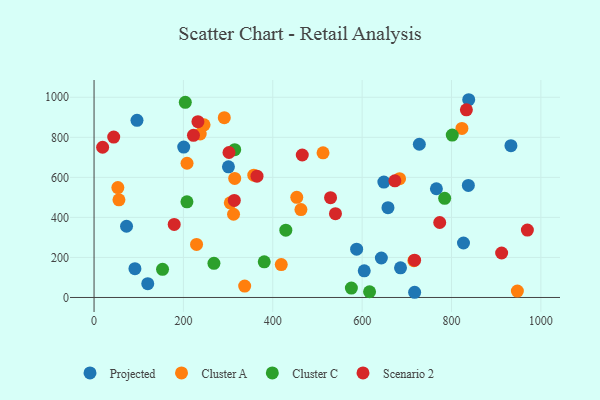
{"axis": {"x": "Study Hours", "y": "Rating"}, "legend": ["Cluster A", "Cluster C", "Projected", "Scenario 2"], "data": [{"x": "657.8", "y": 448.7, "type": "Projected"}, {"x": "300.8", "y": 652.8, "type": "Projected"}, {"x": "587.7", "y": 241.3, "type": "Projected"}, {"x": "837.7", "y": 559.8, "type": "Projected"}, {"x": "826.8", "y": 272.0, "type": "Projected"}, {"x": "200.7", "y": 751.1, "type": "Projected"}, {"x": "933.0", "y": 758.1, "type": "Projected"}, {"x": "604.7", "y": 133.1, "type": "Projected"}, {"x": "96.1", "y": 884.8, "type": "Projected"}, {"x": "685.9", "y": 148.0, "type": "Projected"}, {"x": "728.0", "y": 765.2, "type": "Projected"}, {"x": "838.5", "y": 987.7, "type": "Projected"}, {"x": "91.5", "y": 143.8, "type": "Projected"}, {"x": "120.2", "y": 69.0, "type": "Projected"}, {"x": "766.2", "y": 543.1, "type": "Projected"}, {"x": "717.5", "y": 26.0, "type": "Projected"}, {"x": "72.7", "y": 355.8, "type": "Projected"}, {"x": "648.6", "y": 576.6, "type": "Projected"}, {"x": "643.0", "y": 197.2, "type": "Projected"}, {"x": "357.5", "y": 610.8, "type": "Cluster A"}, {"x": "237.6", "y": 816.4, "type": "Cluster A"}, {"x": "453.7", "y": 500.0, "type": "Cluster A"}, {"x": "229.4", "y": 265.2, "type": "Cluster A"}, {"x": "715.8", "y": 183.6, "type": "Cluster A"}, {"x": "208.1", "y": 670.4, "type": "Cluster A"}, {"x": "246.2", "y": 862.1, "type": "Cluster A"}, {"x": "419.0", "y": 164.4, "type": "Cluster A"}, {"x": "314.8", "y": 594.5, "type": "Cluster A"}, {"x": "312.2", "y": 415.7, "type": "Cluster A"}, {"x": "53.3", "y": 548.9, "type": "Cluster A"}, {"x": "304.9", "y": 472.7, "type": "Cluster A"}, {"x": "683.7", "y": 593.4, "type": "Cluster A"}, {"x": "291.5", "y": 897.9, "type": "Cluster A"}, {"x": "512.5", "y": 722.5, "type": "Cluster A"}, {"x": "463.0", "y": 439.1, "type": "Cluster A"}, {"x": "947.4", "y": 32.1, "type": "Cluster A"}, {"x": "823.3", "y": 844.2, "type": "Cluster A"}, {"x": "337.1", "y": 57.1, "type": "Cluster A"}, {"x": "55.7", "y": 487.6, "type": "Cluster A"}, {"x": "784.7", "y": 495.0, "type": "Cluster C"}, {"x": "204.2", "y": 974.9, "type": "Cluster C"}, {"x": "153.3", "y": 140.8, "type": "Cluster C"}, {"x": "380.9", "y": 178.3, "type": "Cluster C"}, {"x": "207.9", "y": 477.7, "type": "Cluster C"}, {"x": "314.8", "y": 738.2, "type": "Cluster C"}, {"x": "616.6", "y": 28.7, "type": "Cluster C"}, {"x": "801.7", "y": 811.3, "type": "Cluster C"}, {"x": "268.3", "y": 170.4, "type": "Cluster C"}, {"x": "429.2", "y": 336.1, "type": "Cluster C"}, {"x": "575.9", "y": 47.1, "type": "Cluster C"}, {"x": "302.0", "y": 724.0, "type": "Scenario 2"}, {"x": "466.0", "y": 711.6, "type": "Scenario 2"}, {"x": "969.8", "y": 336.6, "type": "Scenario 2"}, {"x": "673.3", "y": 582.7, "type": "Scenario 2"}, {"x": "833.3", "y": 937.5, "type": "Scenario 2"}, {"x": "717.4", "y": 186.1, "type": "Scenario 2"}, {"x": "44.0", "y": 801.2, "type": "Scenario 2"}, {"x": "232.5", "y": 878.1, "type": "Scenario 2"}, {"x": "222.5", "y": 809.7, "type": "Scenario 2"}, {"x": "313.9", "y": 484.5, "type": "Scenario 2"}, {"x": "773.6", "y": 374.4, "type": "Scenario 2"}, {"x": "19.2", "y": 750.4, "type": "Scenario 2"}, {"x": "912.2", "y": 222.2, "type": "Scenario 2"}, {"x": "179.4", "y": 364.8, "type": "Scenario 2"}, {"x": "364.7", "y": 606.0, "type": "Scenario 2"}, {"x": "529.3", "y": 498.7, "type": "Scenario 2"}, {"x": "540.3", "y": 418.8, "type": "Scenario 2"}]}